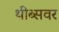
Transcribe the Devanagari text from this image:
थीब्सवर